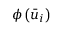
\phi \left( { { { \bar { u } } _ { i } } } \right)